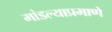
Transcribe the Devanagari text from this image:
मांडल्याप्रमाणे